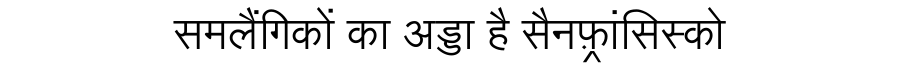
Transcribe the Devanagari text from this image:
समलैंगिकों का अड्डा है सैनफ़्रांसिस्को